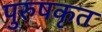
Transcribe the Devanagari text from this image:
पुरुषकृत